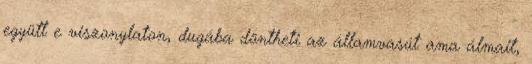
együtt e viszonylaton, dugába döntheti az államvasút ama álmait,